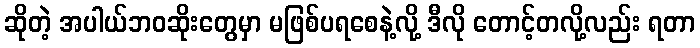
ဆိုတဲ့ အပါယ်ဘဝဆိုးတွေမှာ မဖြစ်ပရစေနဲ့လို့ ဒီလို တောင့်တလို့လည်း ရတာ